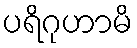
ပရိဂုဟာမိ